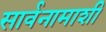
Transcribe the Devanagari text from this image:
सार्वनामाशी